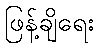
ဖြန့်ချိရေး